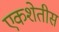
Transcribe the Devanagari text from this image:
एकशेतीस